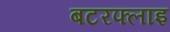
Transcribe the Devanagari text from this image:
बटरफ्लाइ